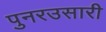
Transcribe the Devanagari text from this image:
पुनरउसारी